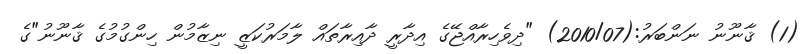
(1) ޤާނޫނު ނަންބަރު:(2010/07) "ދިވެހިރާއްޖޭގެ އިދާރީ ދާއިރާތައް ލާމަރުކަޒީ ނިޒާމުން ހިންގުމުގެ ޤާނޫނު"ގެ